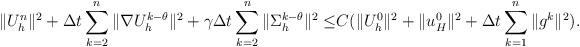
LaTeX: \begin{align*}\|U_h^{n}\|^2+\Delta t\sum_{k=2}^n\|\nabla U_h^{k-\theta}\|^2+\gamma\Delta t\sum_{k=2}^n\|\Sigma_h^{k-\theta}\|^2\leq& C(\|U_h^{0}\|^2+\|u_H^{0}\|^2+\Delta t\sum_{k=1}^n\|g^{k}\|^2).\end{align*}